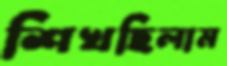
শিখছিলাম